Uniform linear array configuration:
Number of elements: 16
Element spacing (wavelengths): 0.5
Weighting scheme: hamming
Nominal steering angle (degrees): -15
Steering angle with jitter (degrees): -15.303
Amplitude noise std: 0.05
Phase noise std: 0.05

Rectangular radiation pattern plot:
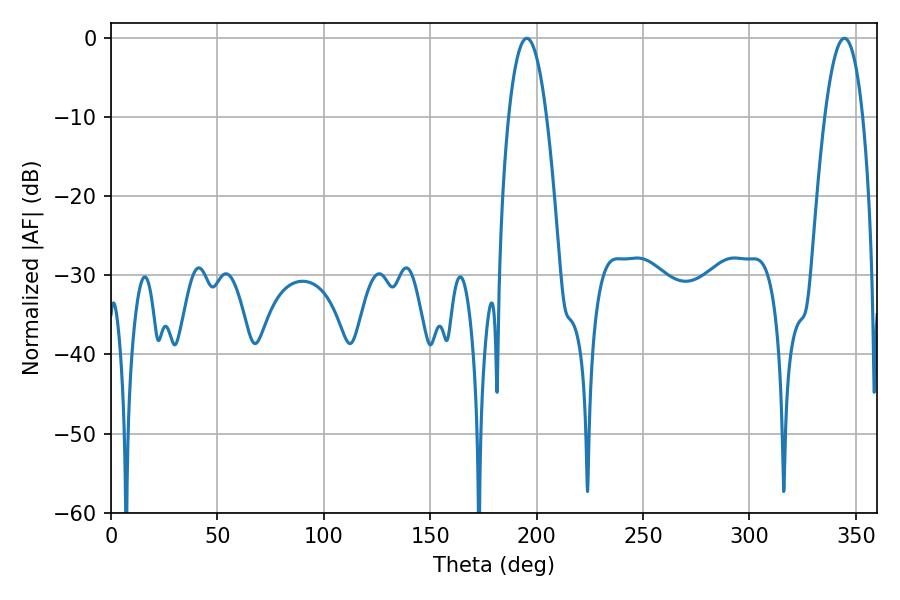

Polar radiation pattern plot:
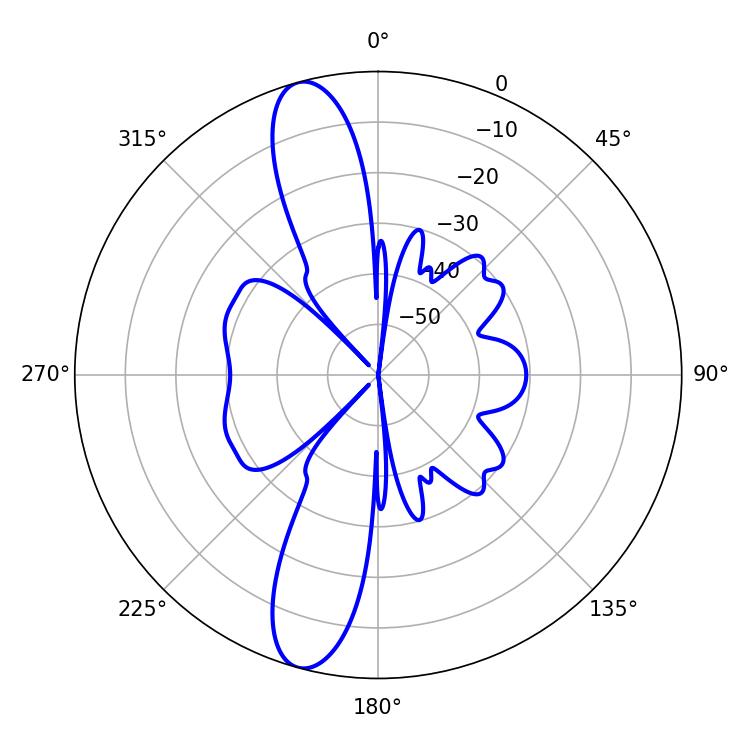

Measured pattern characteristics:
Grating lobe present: FALSE
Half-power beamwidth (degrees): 9.72
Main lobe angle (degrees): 195.3